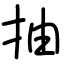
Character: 抽